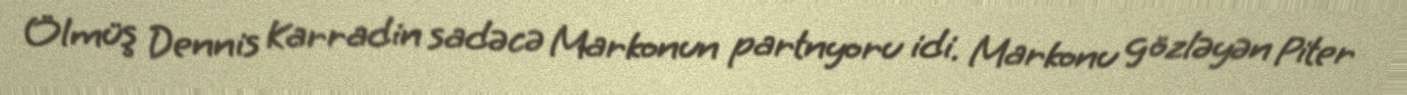
Ölmüş Dennis Karradin sadəcə Markonun partnyoru idi. Markonu gözləyən Piter